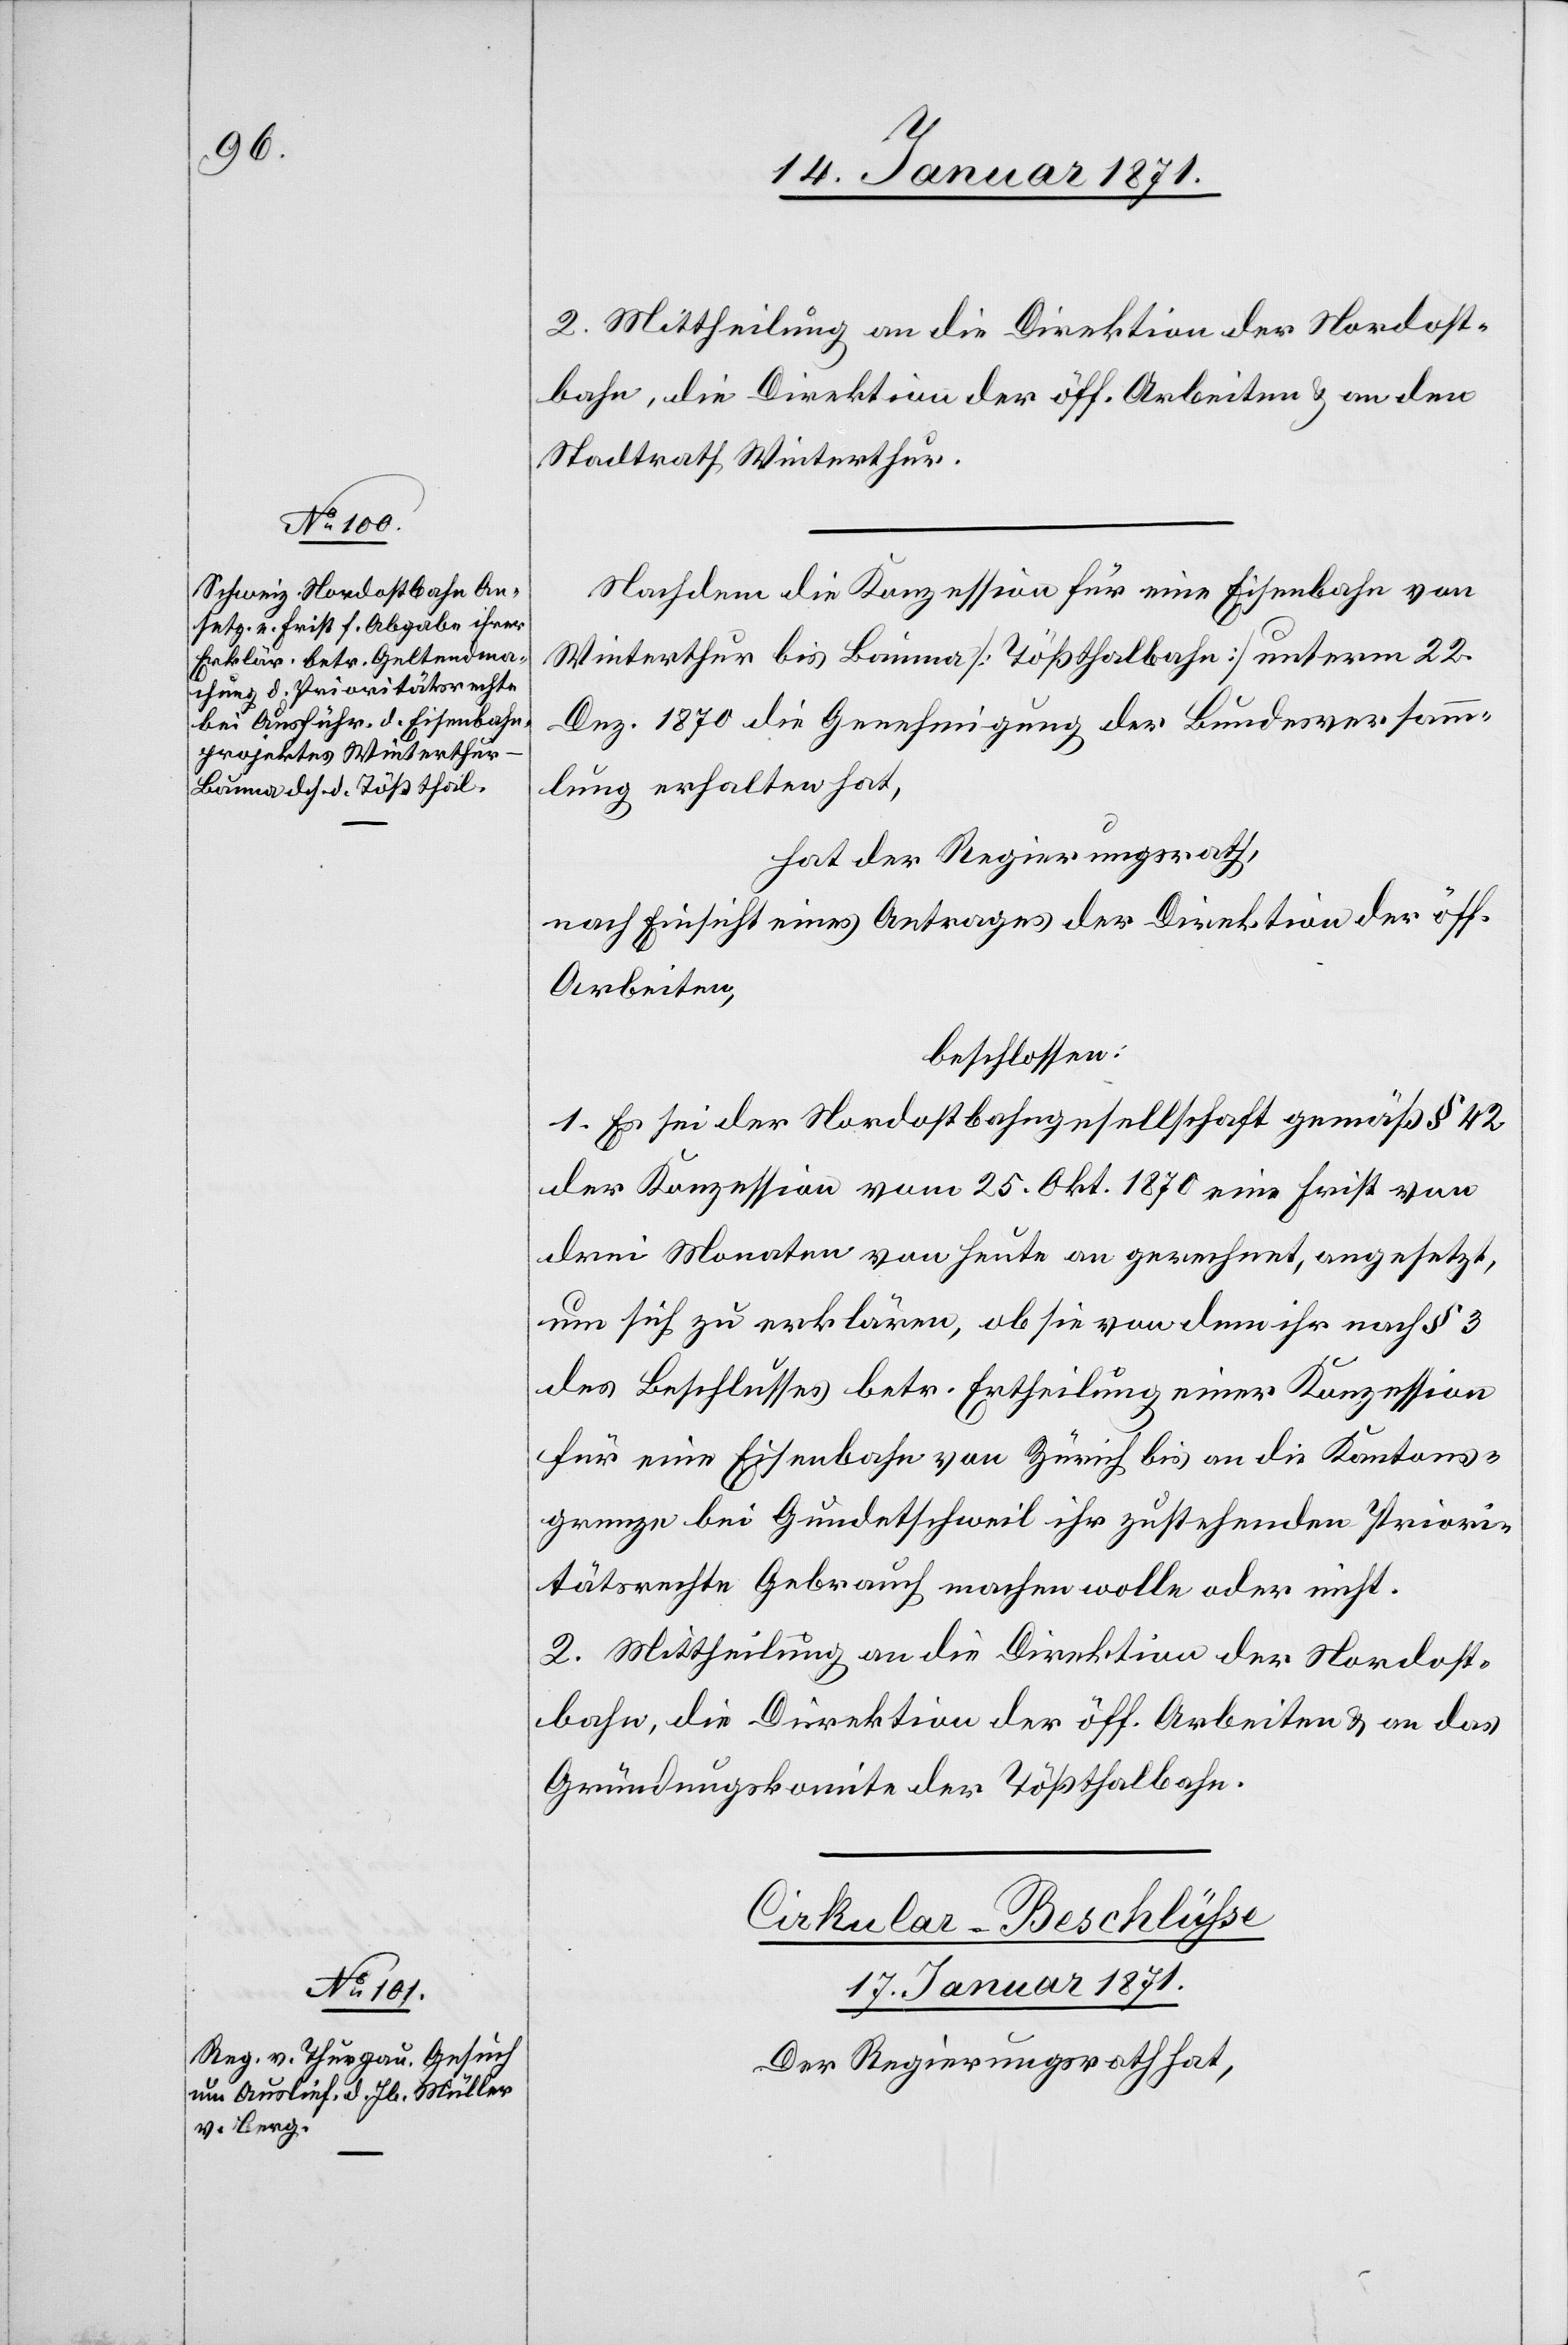
16. Januar 1871]
2. Mittheilung an die Direktion der Nordost¬
bahn, die Direktion der öff. Arbeiten u. an den
Stadtrath Winterthur.
Nachdem die Konzession für eine Eisenbahn von
Winterthur bis Bauma [Tößthalbahn] unterm 22.
Dez. 1870 die Genehmigung der Bundesversamm¬
lung erhalten hat,
hat der Regierungsrath,
nach Einsicht eines Antrages der Direktion der öff.
Arbeiten,
beschlossen:
1. Es sei der Nordostbahngesellschaft gemäß § 42
der Konzession vom 25. Okt. 1870 eine Frist von
drei Monaten von heute an gerechnet, angesetzt,
um sich zu erklären, ob sie von dem ihr nach § 3
des Beschlusses betr. Ertheilung einer Konzession
für eine Eisenbahn von Zürich bis an die Kantons¬
grenze bei Gundetschweil ihr zustehenden Priori¬
tätsrechte Gebrauch machen wolle oder nicht.
2. Mittheilung an die Direktion der Nordost¬
bahn, die Direktion der öff. Arbeiten u. an das
Gründungskomite der Tößthalbahn.
17. Januar 1871.
Der Regierungsrath hat,